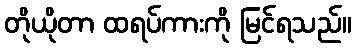
တိုယိုတာ ထရပ်ကားကို မြင်ရသည်။